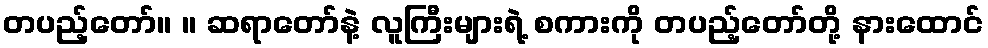
တပည့်တော်။ ။ ဆရာတော်နဲ့ လူကြီးများရဲ့ စကားကို တပည့်တော်တို့ နားထောင်